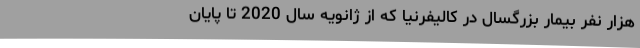
هزار نفر بیمار بزرگسال در کالیفرنیا که از ژانویه سال 2020 تا پایان